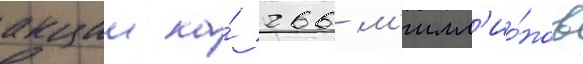
акции на́ 266 м'илл'ио́нов